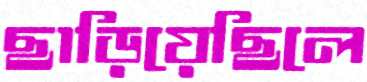
ছাড়িয়েছিলে